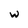
Character: W